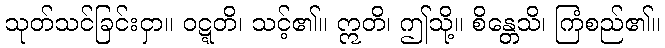
သုတ်သင်ခြင်းငှာ။ ဝဋ္ဋတိ၊ သင့်၏။ ဣတိ၊ ဤသို့။ စိန္တေသိ၊ ကြံစည်၏။